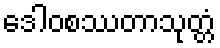
ဒေါဝစဿတာသုတ္တံ